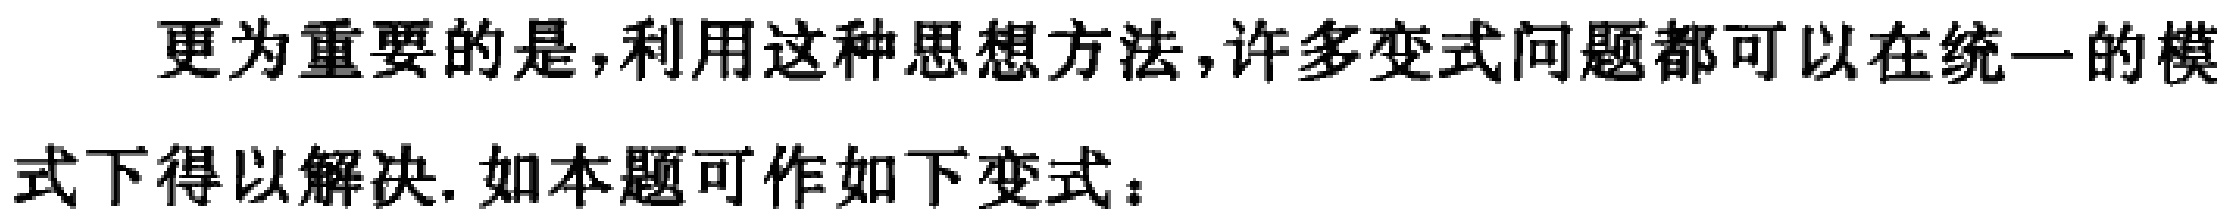
更为重要的是，利用这种思想方法，许多变式问题都可以在统一的模式下得以解决. 如本题可作如下变式：